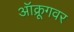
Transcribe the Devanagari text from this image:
ऑक्रूगवर